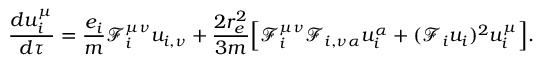
\frac { d u _ { i } ^ { \mu } } { d \tau } = \frac { e _ { i } } { m } \mathcal { F } _ { i } ^ { \mu \nu } u _ { i , \nu } + \frac { 2 r _ { e } ^ { 2 } } { 3 m } \Big [ \Big . \mathcal { F } _ { i } ^ { \mu \nu } \mathcal { F } _ { i , \nu \alpha } u _ { i } ^ { \alpha } + ( \mathcal { F } _ { i } u _ { i } ) ^ { 2 } u _ { i } ^ { \mu } \Big . \Big ] .